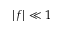
| f | \ll 1